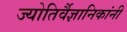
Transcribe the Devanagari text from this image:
ज्योतिर्वैज्ञानिकांनी